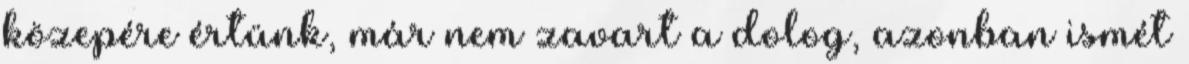
közepére értünk, már nem zavart a dolog, azonban ismét